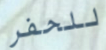
للحفر